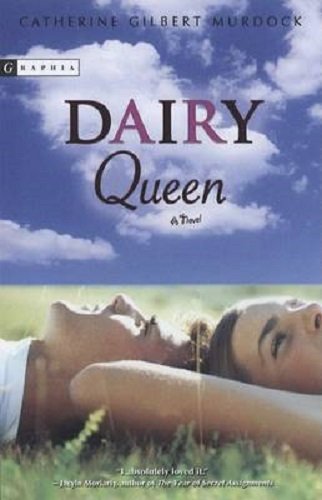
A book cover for Dairy Queen; Catherine Gilbert Murdock; Teen & Young Adult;